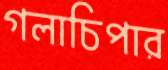
গলাচিপার